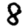
Digit: 8